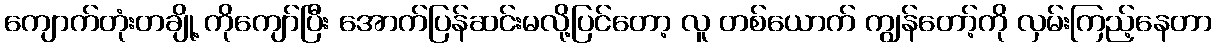
ကျောက်တုံးတချို့ ကိုကျော်ပြီး အောက်ပြန်ဆင်းမလို့ပြင်တော့ လူ တစ်ယောက် ကျွန်တော့်ကို လှမ်းကြည့်နေတာ